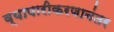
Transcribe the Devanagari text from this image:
व्यापारीकरणानंतर